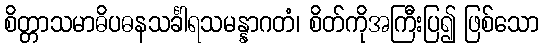
စိတ္တာသမာဓိပဓနသင်္ခါရသမန္နာဂတံ၊ စိတ်ကိုအကြီးပြ၍ ဖြစ်သော